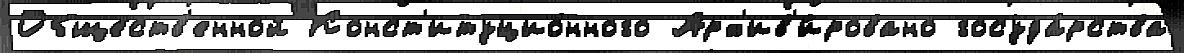
Обще́ств'енной Конст'итуцио́нного Арх'ив'и́ровано госуда́рства